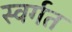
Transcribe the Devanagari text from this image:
स्वर्गत